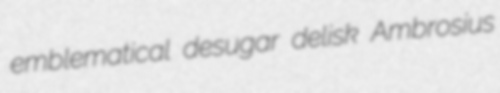
emblematical desugar delisk Ambrosius